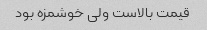
قیمت بالاست ولی خوشمزه بود